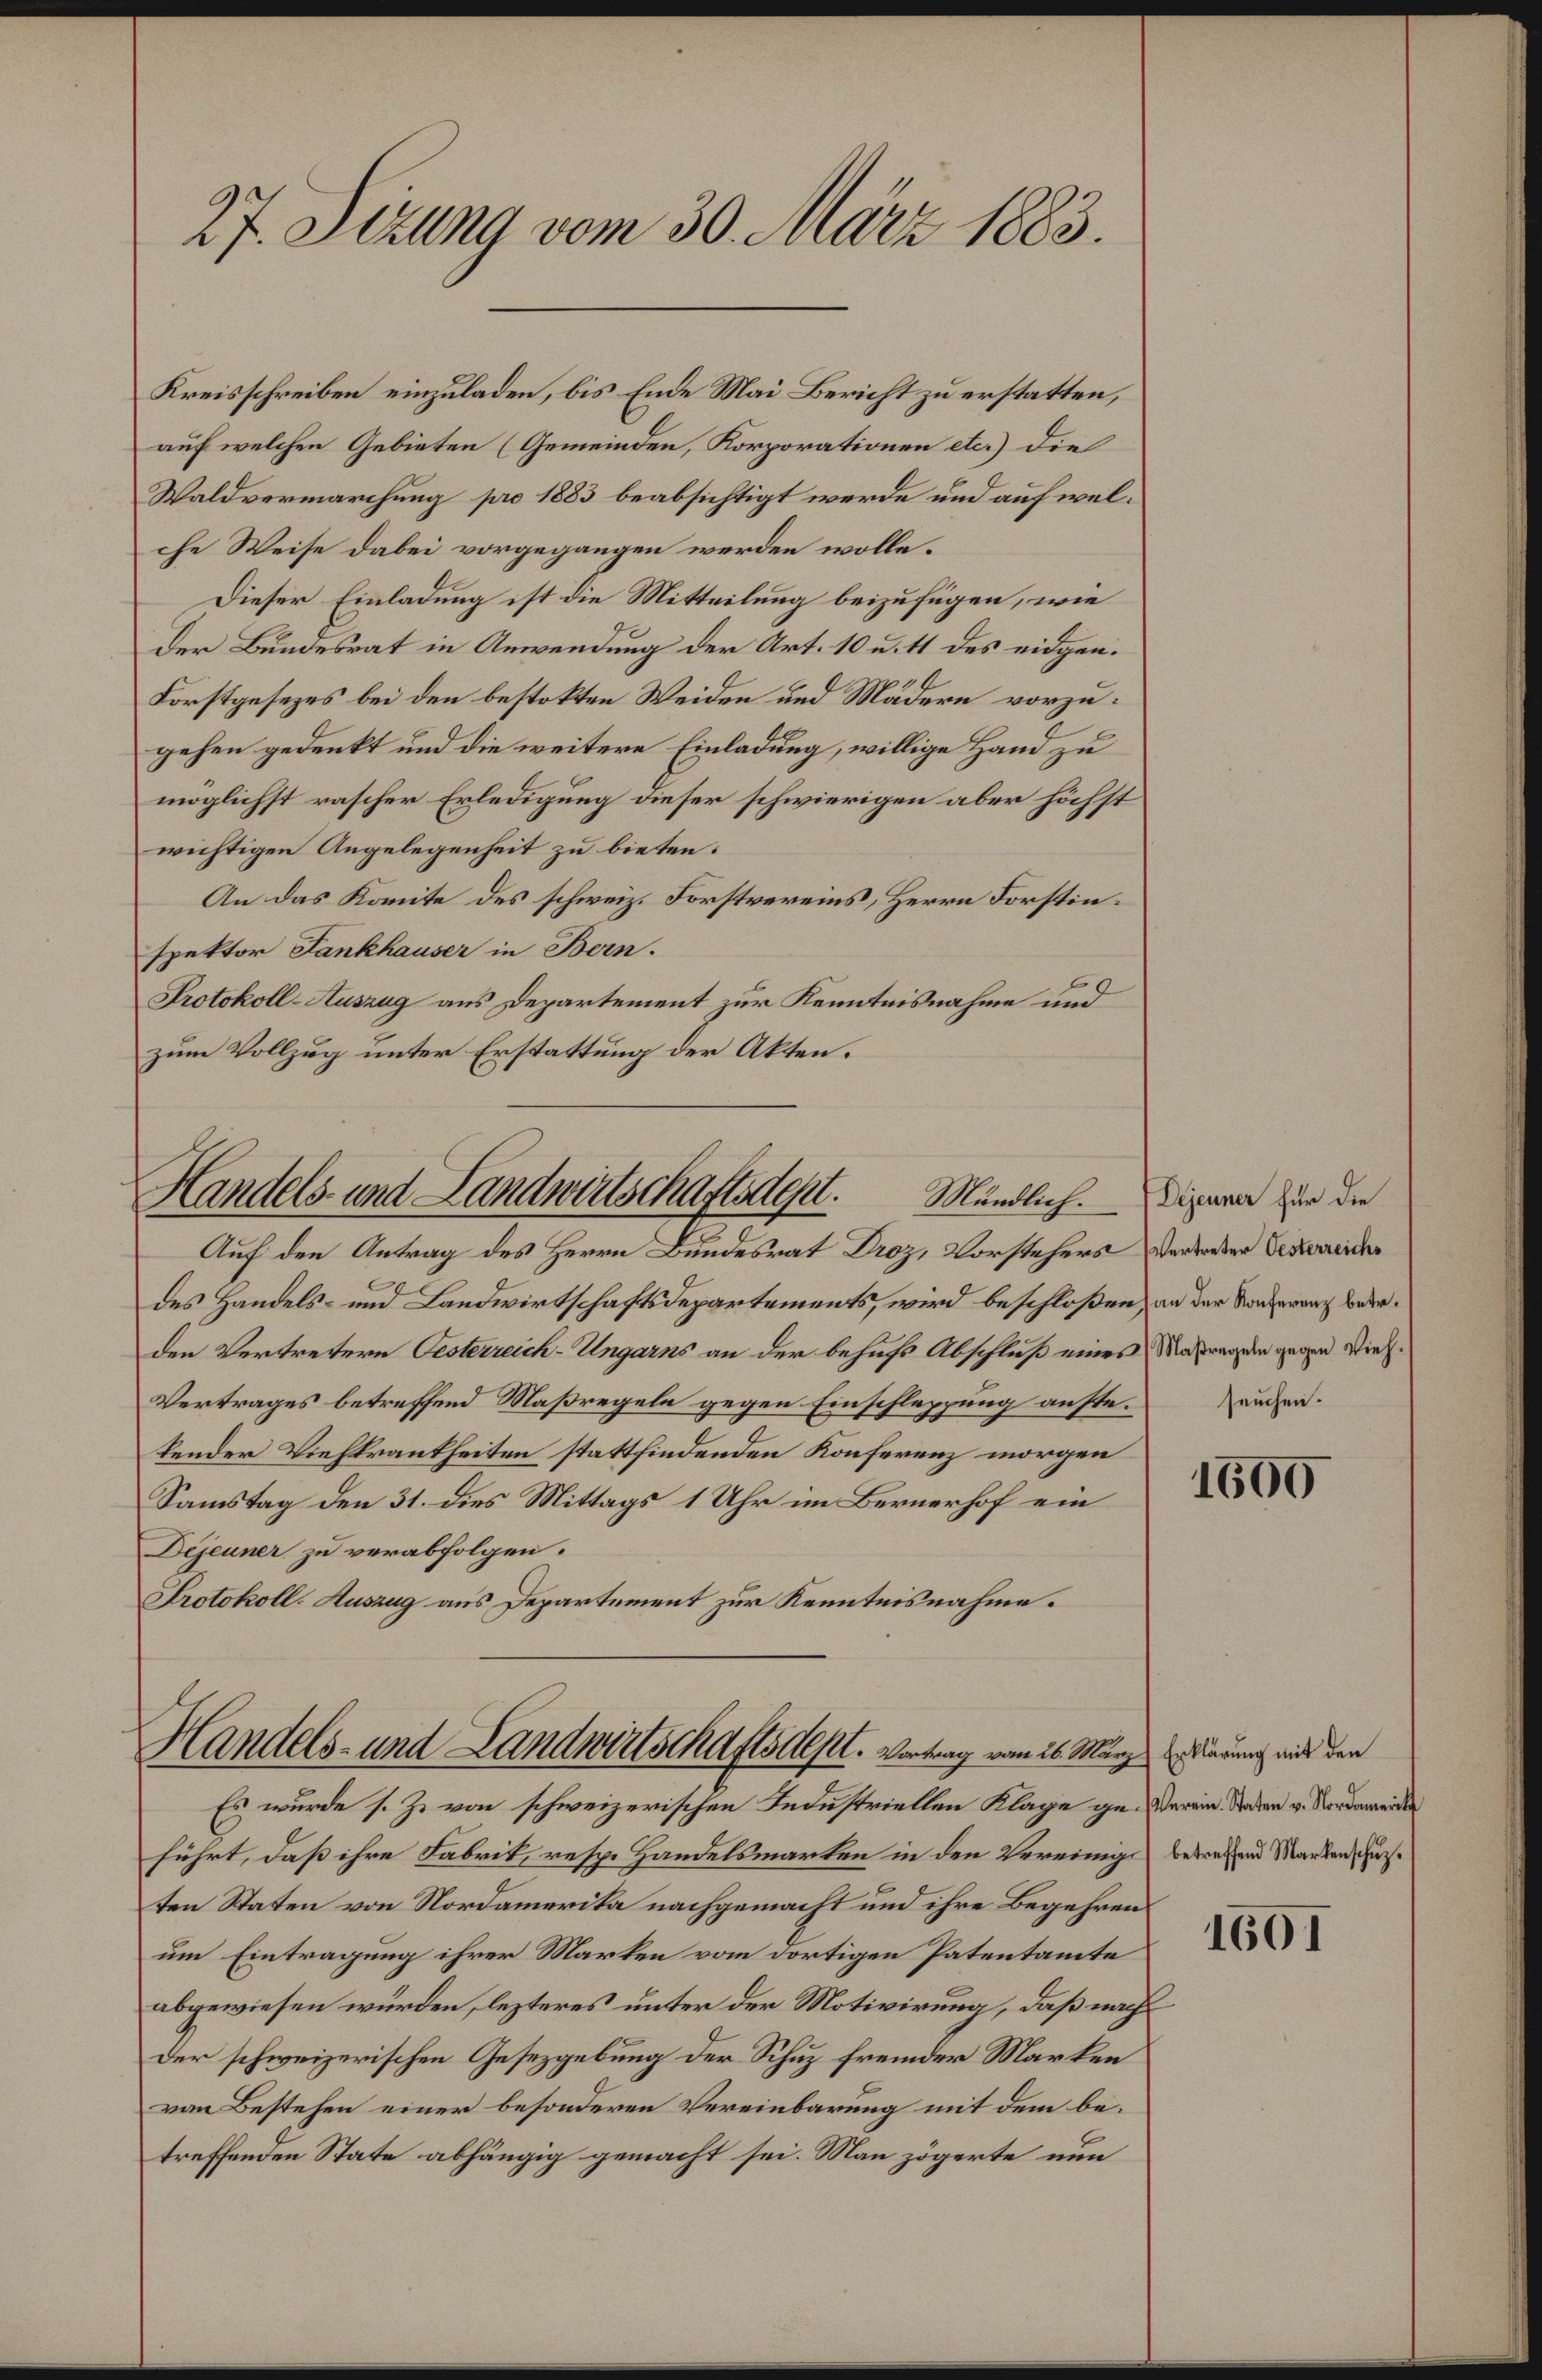
auf welchen Gebieten (Gemeinden, Korporationen etc.) die
Waldvermarchung pro 1883 beabsichtigt werde und auf welche Weise dabei vorgegangen werden wolle.
Dieser Einladung ist die Mitteilung beizufügen, wie
Der Bundesrat in Anwendung der Art. 10 u. 11 des eidgen.
Forstgesezes bei den bestokten Weiden und Mädern vorzugehen gedenkt und die weitere Einladung, willige Hand zu
möglichst rascher Erledigung dieser schwierigen aber höchst
wichtigen Angelegenheit zu bieten.
An das Komite des schweiz. Forstvereins, Herrn Forstinspektor Fankhauser in Bern.
Protokoll-Auszug aus Departement zur Kenntnisnahme und
zum Vollzug unter Erstattung der Akten.

27. Sizung vom 30. März 1883.

Kreisschreiben einzuladen, bis Ende Mai Bericht zu erstatten,

Handels- und Landwirtschaftsdest. Mündlich. Diparen zur die
Auf den Antrag des Herrn Bundesrat Droz, Vorstehers der werden Verzeneider

des Handels- und Landwirtschaftsdepartements, wird beschloßen, an der Sonderenz bederden Vertretern Gesterreich-Ungarns an der behufs Abschluß eines Maßregen gegen Stief¬
Vertrages betreffend Maßregeln gegen Einschleppung anstetender Viehkrankheiten stattfindenden Konferenz morgen
Samstag den 31. dies Mittags 1 Uhr im Bernerhof ein
Dejeuner zu verabfolgen.
Protokoll-Auszug aus Departement zur Kenntnisnahme.

Handels- und Landwirtschaftsdest. Vortrag vom 26. März darung mit den
Es wurde s. Z. von schweizerischen Industriellen Klage ge-Verein. Stadten v. Nordamende

führt, daß ihre Fabrik, resp. Handelsmarken in den Vereinige betreffend Manden, durten Staten von Nordamerika nachgemacht und ihre Begehren
um Eintragung ihrer Marten vom dortigen Patentamte
abgewiesen würden, lezteres unter der Motivirung, daß nach
Der schweizerischen Gesetzgebung der Schuz fremder Marken
von Bestehen einer besonderen Vereinbarung mit dem betreffenden State abhängig gemacht sei. Man zögerte nun

seuchen.

1600

1601